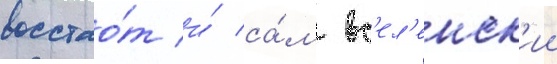
восстао́т и́ са́м вс'ел'енск'ии